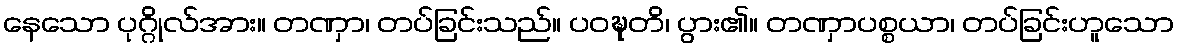
နေသော ပုဂ္ဂိုလ်အား။ တဏှာ၊ တပ်ခြင်းသည်။ ပဝဍ္ဎတိ၊ ပွား၏။ တဏှာပစ္စယာ၊ တပ်ခြင်းဟူသော